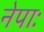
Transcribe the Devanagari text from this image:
नेपाः